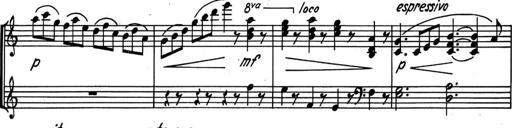
Title: Kleine Sonate
Composer: Raoul Koczalski
Key: C major